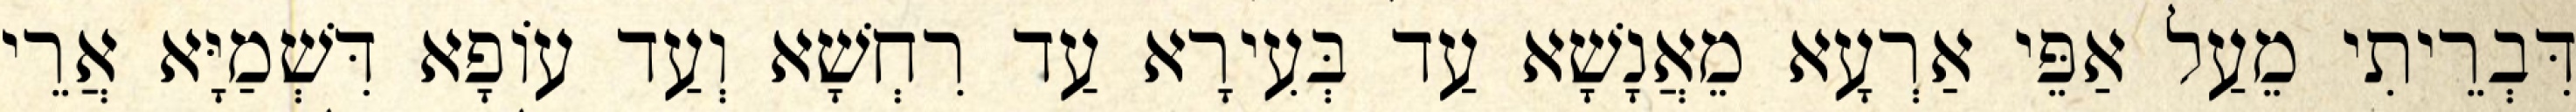
דִּבְרֵיתִי מֵעַל אַפֵּי אַרְעָא מֵאֲנָשָׁא עַד בְּעִירָא עַד רִחְשָׁא וְעַד עוֹפָא דִּשְׁמַיָּא אֲרֵי